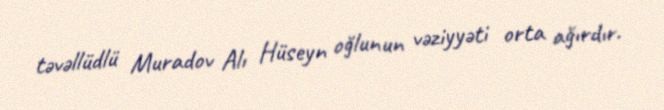
təvəllüdlü Muradov Alı Hüseyn oğlunun vəziyyəti orta ağırdır.